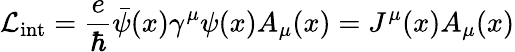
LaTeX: {\mathcal{L}}_{\mathrm{int}}={\frac{e}{\hbar}}{\bar{\psi}}(x)\gamma^{\mu}\psi(x)A_{\mu}(x)=J^{\mu}(x)A_{\mu}(x)